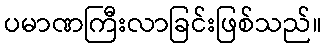
ပမာဏကြီးလာခြင်းဖြစ်သည်။